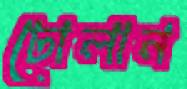
ঢোলান